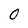
Character: 0